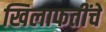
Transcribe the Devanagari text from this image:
खिलाफतींचे